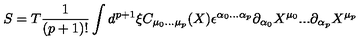
S = T \frac { 1 } { ( p + 1 ) ! } \int d ^ { p + 1 } \xi C _ { \mu _ { 0 } . . . \mu _ { p } } ( X ) \epsilon ^ { \alpha _ { 0 } . . . \alpha _ { p } } \partial _ { \alpha _ { 0 } } X ^ { \mu _ { 0 } } . . . \partial _ { \alpha _ { p } } X ^ { \mu _ { p } }